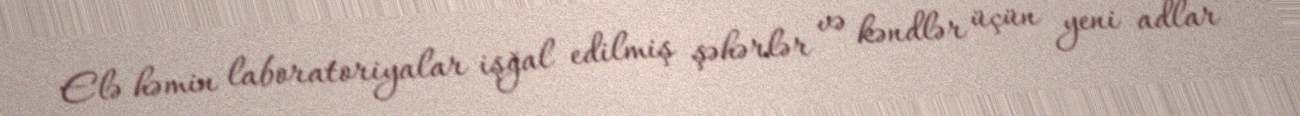
Elə həmin laboratoriyalar işğal edilmiş şəhərlər və kəndlər üçün yeni adlar